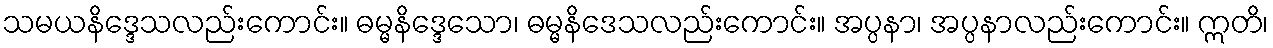
သမယနိဒ္ဒေသလည်းကောင်း။ ဓမ္မနိဒ္ဒေသော၊ ဓမ္မနိဒေသလည်းကောင်း။ အပ္ပနာ၊ အပ္ပနာလည်းကောင်း။ ဣတိ၊